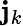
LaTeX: \mathbf{j}_{k}